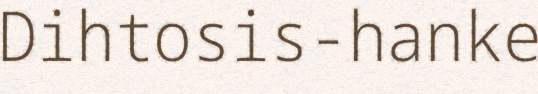
Dihtosis-hanke